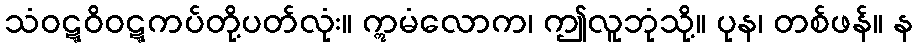
သံဝဋ္ဋဝိဝဋ္ဋကပ်တို့ပတ်လုံး။ ဣမံလောက၊ ဤလူဘုံသို့။ ပုန၊ တစ်ဖန်။ န